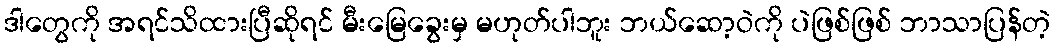
ဒါတွေကို အရင်သိထားပြီဆိုရင် မီးမြေခွေးမှ မဟုတ်ပါဘူး ဘယ်ဆော့ဝဲကို ပဲဖြစ်ဖြစ် ဘာသာပြန်တဲ့